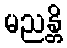
မညန္တိ